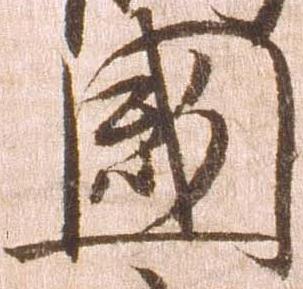
国